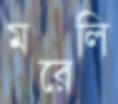
মরেলি